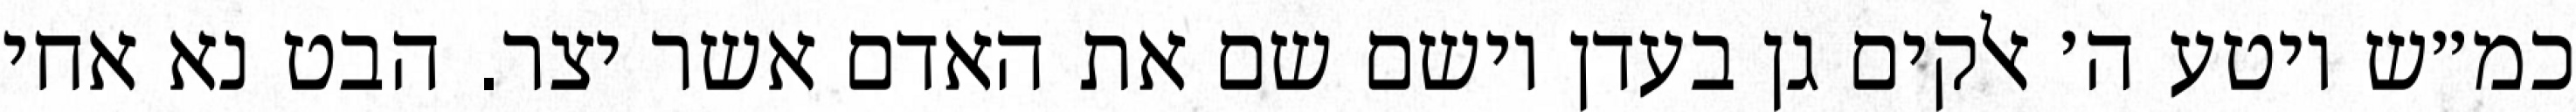
כמ״ש ויטע ה׳ אלקים גן בעדן וישם שם את האדם אשר יצר. הבט נא אחי